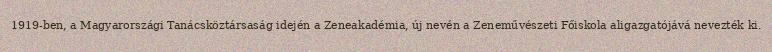
1919-ben, a Magyarországi Tanácsköztársaság idején a Zeneakadémia, új nevén a Zeneművészeti Főiskola aligazgatójává nevezték ki.